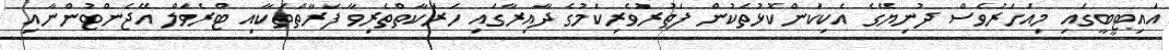
އައިޓީބީގައި މިއަހަރުވެސް ދުނިޔޭގެ އެކިކަންކޮޅުތަކުން ފަތުރުވެރިކަމުގެ ދާއިރާގައި ހަރަކާތްތެރިވާ ފަރާތްތަކާއި ޓްރެވަލް އޭޖެންޓުންނާއި